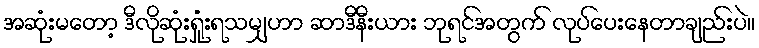
အဆုံးမတော့ ဒီလိုဆုံးရှုံးရသမျှဟာ ဆာဒီနီးယား ဘုရင်အတွက် လုပ်ပေးနေတာချည်းပဲ။